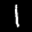
Label: 1